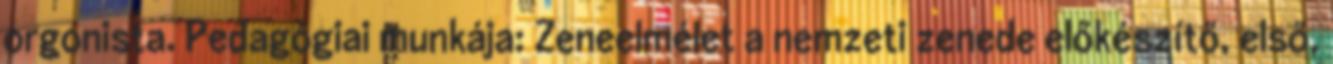
orgonista. Pedagógiai munkája: Zeneelmélet a nemzeti zenede előkészítő, első,